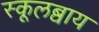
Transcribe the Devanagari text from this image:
स्कूलब्वाय